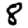
Digit: 8